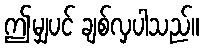
ဤမျှပင် ချစ်လှပါသည်။